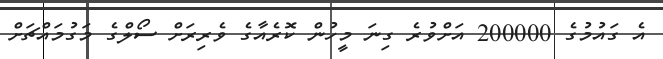
އެ ގައުމުގެ 200000 އަށްވުރެ ގިނަ މީހުން ކޮރެއާގެ ވެރިރަށް ސޯލްގެ މަގުމައްޗަށް